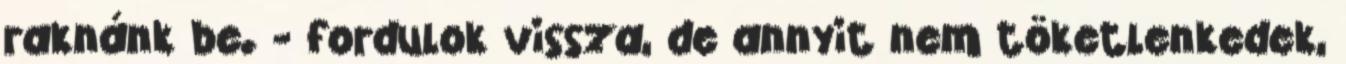
raknánk be. - fordulok vissza, de annyit nem töketlenkedek,